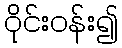
ဝိုင်းဝန်း၍